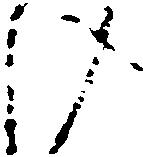
け